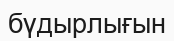
бүдырлығын